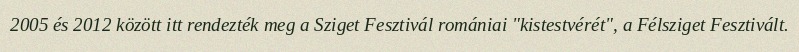
2005 és 2012 között itt rendezték meg a Sziget Fesztivál romániai "kistestvérét", a Félsziget Fesztivált.